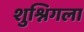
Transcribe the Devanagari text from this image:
शुश्निगला